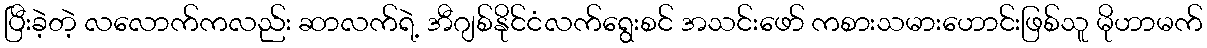
ပြီးခဲ့တဲ့ လလောက်ကလည်း ဆာလက်ရဲ့ အီဂျစ်နိုင်ငံလက်ရွေးစင် အသင်းဖော် ကစားသမားဟောင်းဖြစ်သူ မိုဟာမက်